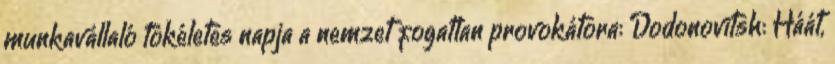
munkavállaló tökéletes napja a nemzet fogatlan provokátora: Dodonovitsh: Háát,